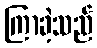
ကြာခဲ့သည်